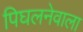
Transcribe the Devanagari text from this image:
पिघलनेवाला